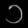
Digit: ၁